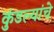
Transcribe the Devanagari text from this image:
कुंडल्यांचे